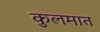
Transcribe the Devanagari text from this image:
कुलमात